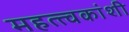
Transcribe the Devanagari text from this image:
महत्त्वकांशी